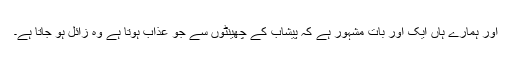
اور ہمارے ہاں ایک اور بات مشہور ہے کہ پیشاب کے چھینٹوں سے جو عذاب ہوتا ہے وہ زائل ہو جاتا ہے۔